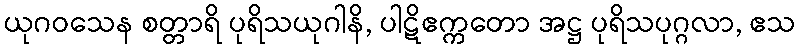
ယုဂဝသေန စတ္တာရိ ပုရိသယုဂါနိ, ပါဋိဧက္ကတော အဋ္ဌ ပုရိသပုဂ္ဂလာ, ဧသ